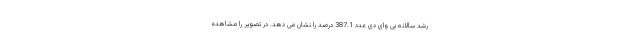
رشد سالانه بی وای دی عدد 387.1 درصد را نشان می دهد. در تصویر را مشاهده